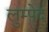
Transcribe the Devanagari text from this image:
लुम्पेद